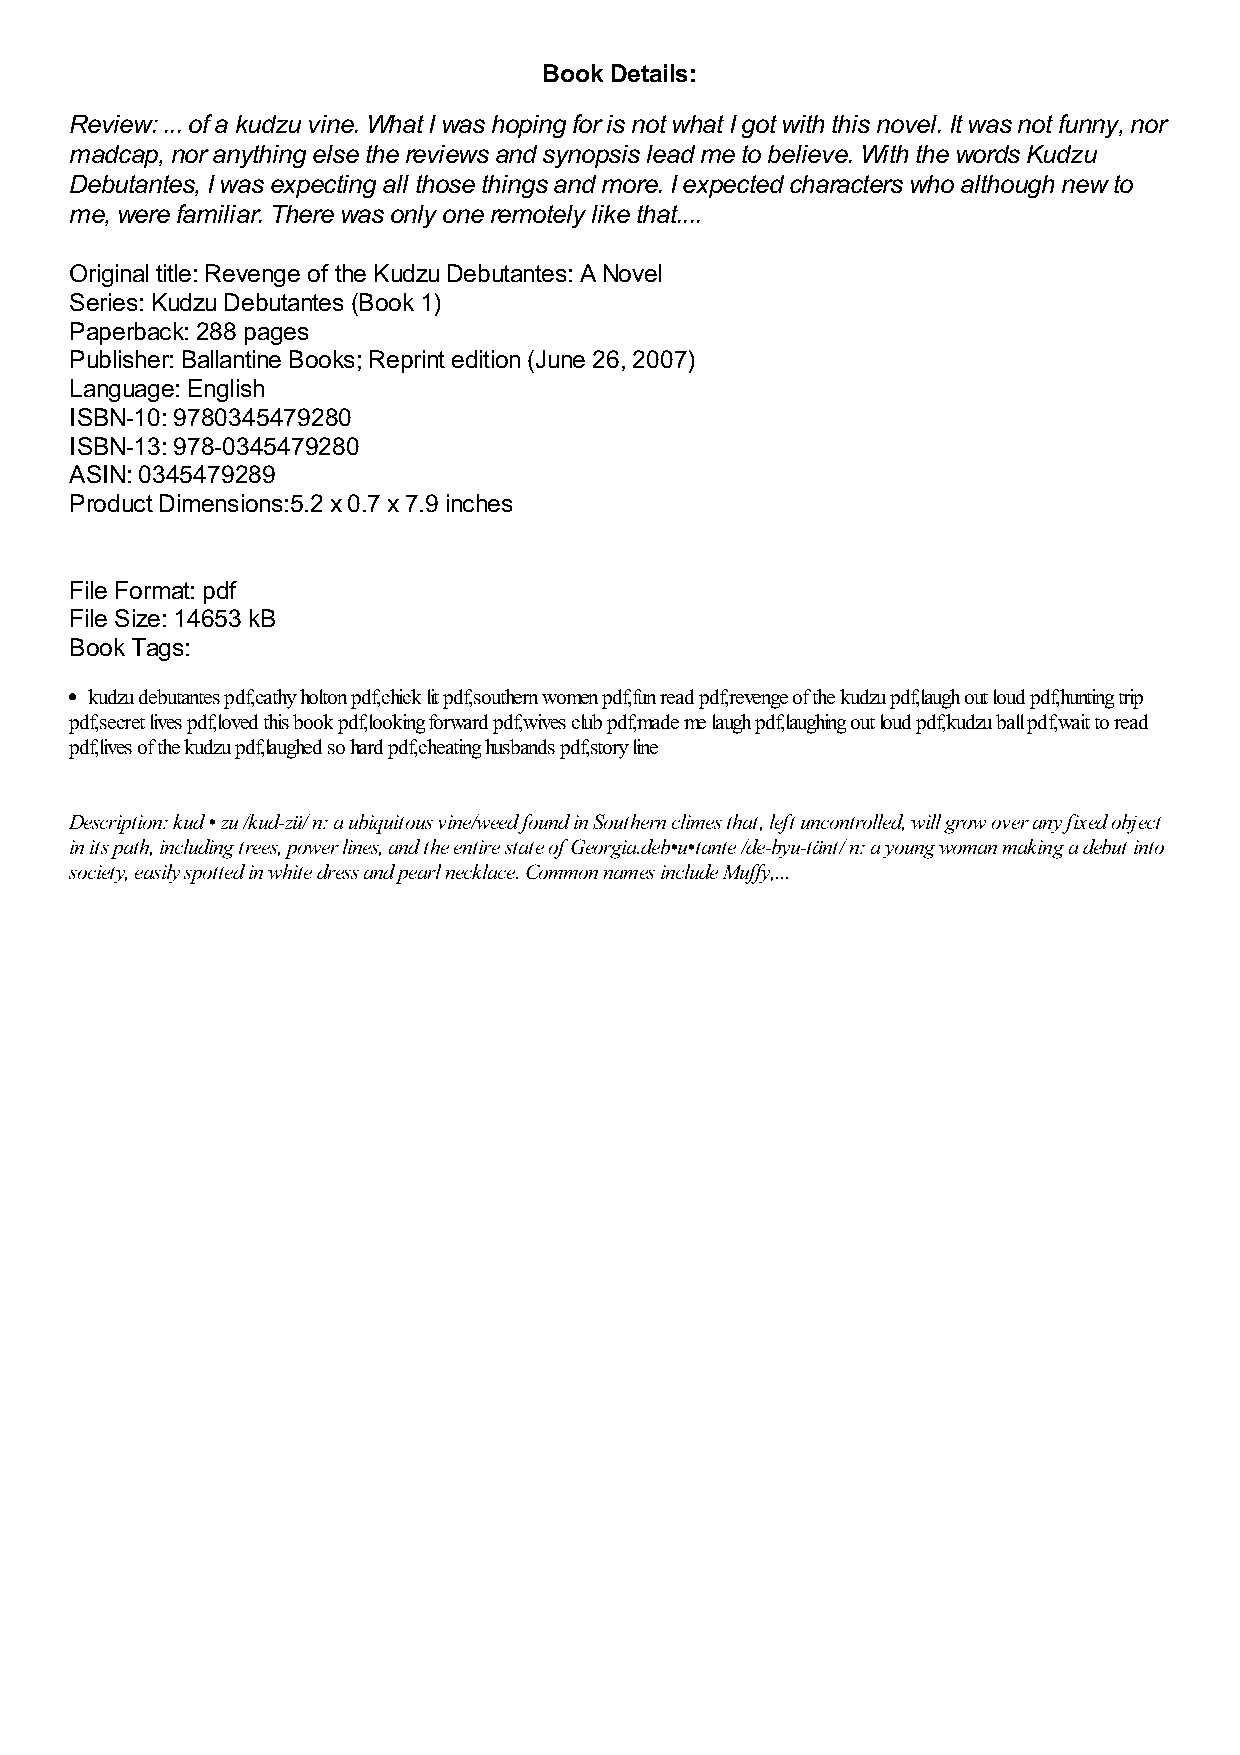
Book Details:
 Review: ... of a kudzu vine. What I was hoping for is not what I got with this novel. It was not funny, nor
 madcap, nor anything else the reviews and synopsis lead me to believe. With the words Kudzu
 Debutantes, I was expecting all those things and more. I expected characters who although new to
 me, were familiar. There was only one remotely like that....
 Original title: Revenge of the Kudzu Debutantes: A Novel
 Series: Kudzu Debutantes (Book 1)
 Paperback: 288 pages
 Publisher: Ballantine Books; Reprint edition (June 26, 2007)
 Language: English
 ISBN-10: 9780345479280
 ISBN-13: 978-0345479280
 ASIN: 0345479289
 Product Dimensions:5.2 x 0.7 x 7.9 inches
 File Format: pdf
 File Size: 14653 kB
 Book Tags:
 kudzu debutantes pdf,cathy holton pdf,chick lit pdf,southern women pdf,fun read pdf,revenge of the kudzu pdf,laugh out loud pdf,hunting trip
 pdf,secret lives pdf,loved this book pdf,looking forward pdf,wives club pdf,made me laugh pdf,laughing out loud pdf,kudzu ball pdf,wait to read
 pdf,lives of the kudzu pdf,laughed so hard pdf,cheating husbands pdf,story line
 Description: kud • zu /kud-zü/ n: a ubiquitous vine/weed found in Southern climes that, left uncontrolled, will grow over any fixed object
 in its path, including trees, power lines, and the entire state of Georgia.deb•u•tante /de-byu-tänt/ n: a young woman making a debut into
 society, easily spotted in white dress and pearl necklace. Common names include Muffy,...